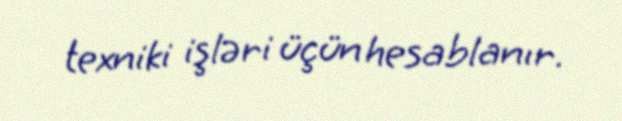
texniki işləri üçün hesablanır.